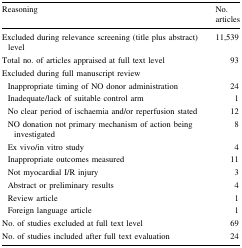
| Reasoning | No. articles |
 | --- | --- |
 | Excluded during relevance screening (title plus abstract) level | 11,539 |
 | Total no. of articles appraised at full text level | 93 |
 | <COLSPAN=2> Excluded during full manuscript review |
 | Inappropriate timing of NO donor administration | 24 |
 | Inadequate/lack of suitable control arm | 1 |
 | No clear period of ischaemia and/or reperfusion stated | 12 |
 | NO donation not primary mechanism of action being investigated | 8 |
 | Ex vivo/in vitro study | 4 |
 | Inappropriate outcomes measured | 11 |
 | Not myocardial I/R injury | 3 |
 | Abstract or preliminary results | 4 |
 | Review article | 1 |
 | Foreign language article | 1 |
 | No. of studies excluded at full text level | 69 |
 | No. of studies included after full text evaluation | 24 |